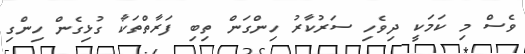
ވެސް މި ކަމަކީ ދިވެހި ސަރުކާރު ހިންގަން ތިބި ފަރާތްތަކާ ގުޅިގެން ހިންގި